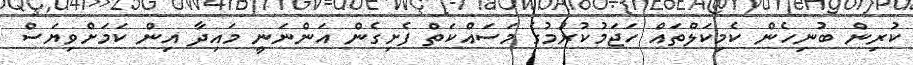
ކުރިން ބުނިހެން ކެމިކަލްތައް ހަޖަމުކުރުމުގެ މަސައްކަތް ފެށިގެން އަންނަނީ މައިދާ އިން ކަމަށްވިޔަސް